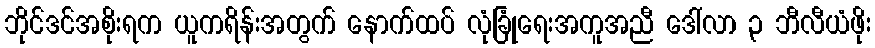
ဘိုင်ဒင်အစိုးရက ယူကရိန်းအတွက် နောက်ထပ် လုံခြုံရေးအကူအညီ ဒေါ်လာ ၃ ဘီလီယံဖိုး